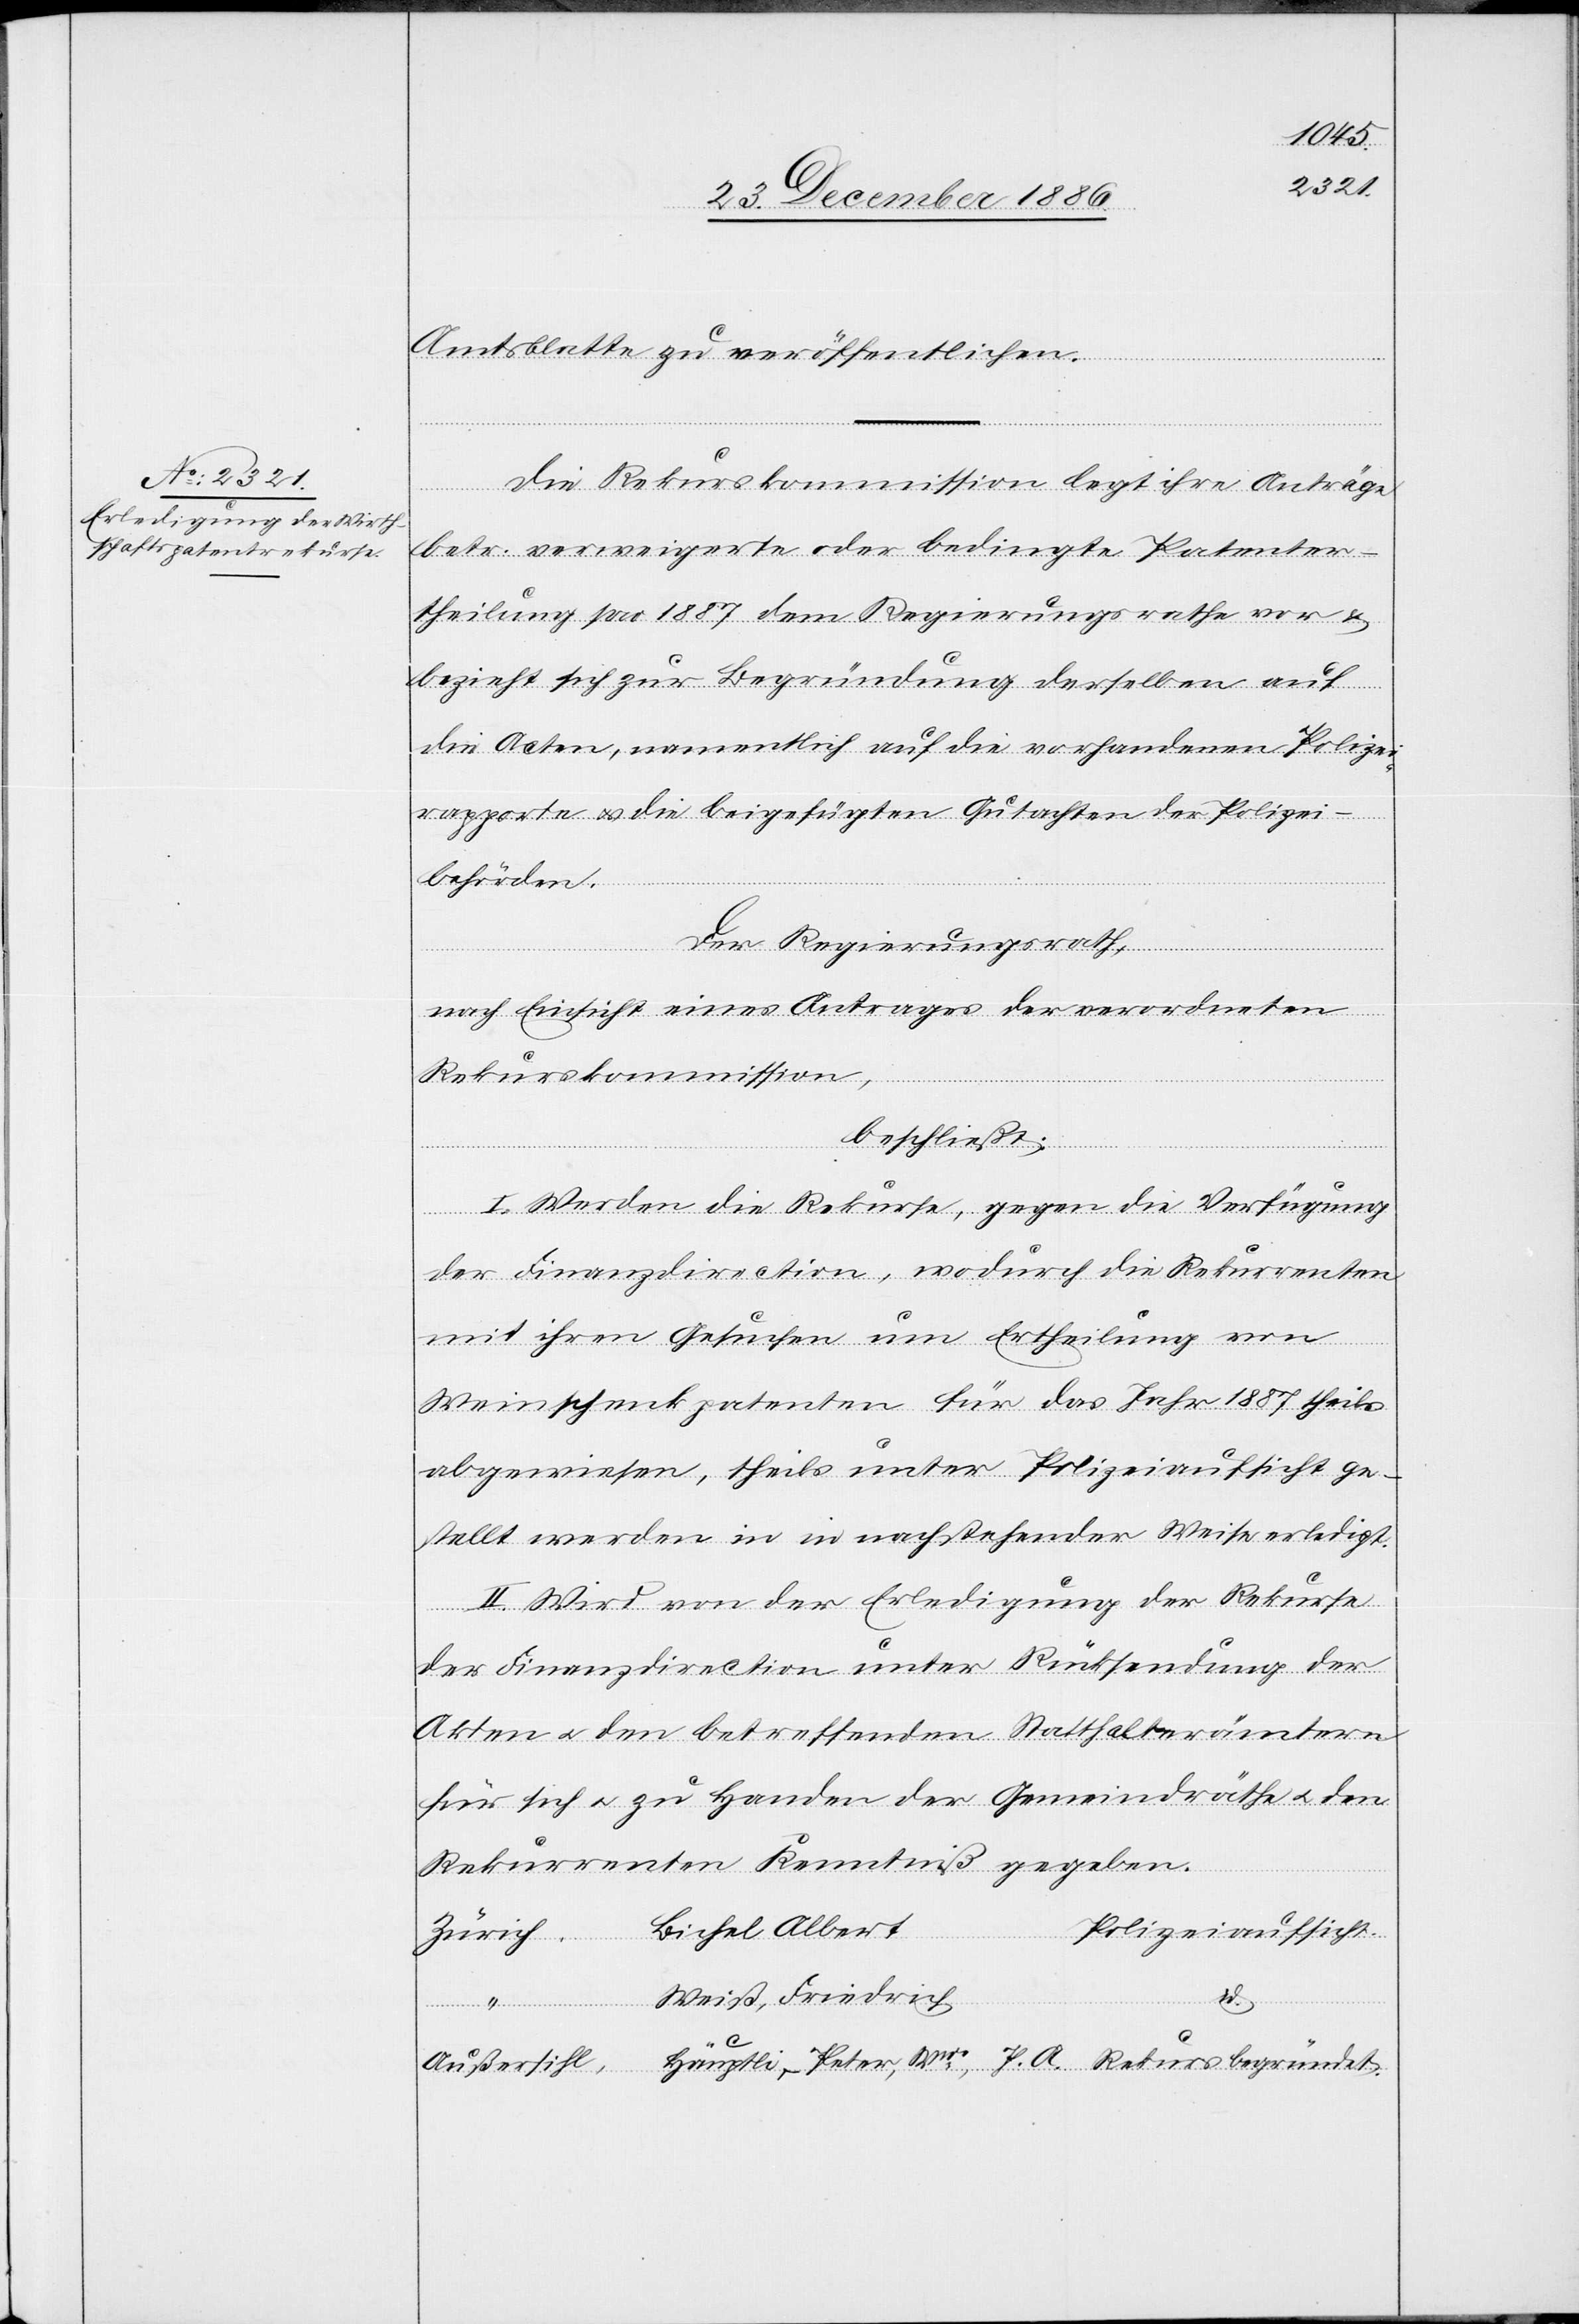
Amtsblatte zu veröffentlichen.
Die Rekurskommission legt ihre Anträge
betr. verweigerte oder bedingte Patenter¬
theilung pro 1887 dem Regierungsrathe vor &
bezieht sich zur Begründung derselben auf
die Acten, namentlich auf die vorhandenen Polizei¬
rapporte & die beigefügten Gutachten der Polizei¬
behörden.
Der Regierungsrath,
urs
nach Einsicht eines Antrages der verordneten
Rekurskommission,
begründet.
beschließt:
I. Werden die Rekurse, gegen die Verfügung
der Finanzdirection, wodurch die Rekurrenten
mit ihren Gesuchen um Ertheilung von
Weinschenkpatenten für das Jahr 1887 theils
abgewiesen, theils unter Polizeiaufsicht ge¬
stellt werden in in [sic!] nachstehender Weise erledigt.
II. Wird von der Erledigung der Rekurse
der Finanzdirection unter Rücksendung der
Akten & den betreffenden Statthalterämtern
für sich & zu Handen der Gemeindräthe & den
Rekurrenten Kenntniß gegeben.
Bichel Albert
Polizeiaufsicht.
Zürich
Weiß, Friedrich
A.
Außersihl,